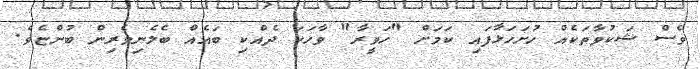
ވެސް ޝަކުވާތަކެއް ހުށަހަޅާފައި ކަމަށް "ހަވީރާ" ވާހަކަ ދެއްކި ބައެއް ބެލެނިވެރިން ބުންޏެވެ.